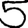
Digit: 5